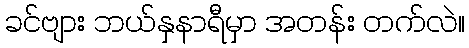
ခင်ဗျား ဘယ်နှနာရီမှာ အတန်း တက်လဲ။